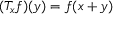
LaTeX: ( T _ { x } f ) ( y ) = f ( x + y )